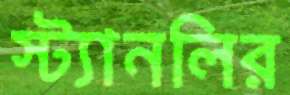
স্ট্যানলির